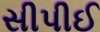
સીપીઈ